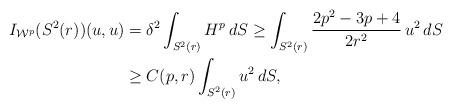
LaTeX: \begin{align*} I_{\mathcal{W}^p}(S^2(r))(u,u) &= \delta^2 \int_{S^2(r)}H^p\,dS \geq \int_{S^2(r)} \frac{2p^2-3p+4}{2r^2}\,u^2 \, dS \\ &\geq C(p,r)\int_{S^2(r)}u^2\, dS,\end{align*}